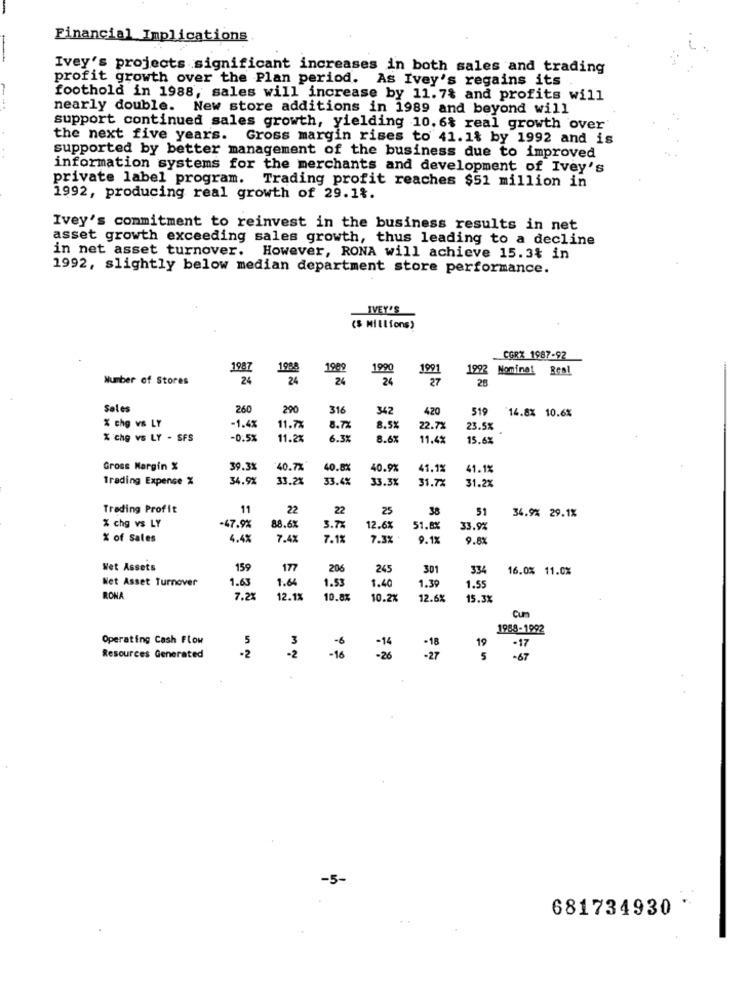
Financial Implications
Ivey's projects significant increases in both sales and trading
profit growth over the Plan period. As Ivey's regains its
foothold in 1988, sales will increase by 11.7% and profits will
nearly double. New store additions in 1989 and beyond will
support continued sales growth, yielding 10. 6% real growth over'
the next five years. Gross margin rises to 41.1% by 1992 and is
supported by better management of the business due to improved
information systems for the merchants and development of Ivey's
private label program. Trading profit reaches $51 million in
1992, producing real growth of 29.1%.
Ivey's commitment to reinvest in the business results in net
asset growth exceeding sales growth, thus leading to a decline
in net asset turnover. However, RONA will achieve 15.3% in
1992, slightly below median department store performance.
IVEY'S
($ Millions)
CORX 1987-92
1987
198
1909
199
199
1992 Nominal
Number of Stores
24
24
24
26
27
28
Sales
260
290
316
342
420
519
14.8% 10.6%
% chg vs LY
-1.49
11.7%
8.7%
8.5%
22.7%
23.5%
% chg vs LY - SFS
-0.52
11.2%
6.3%
8.6%
11.4%
15.6%
Gross Margin %
39.3%
40.7%
40.8%
40.9%
41.1%
41.1%
Trading Expense %
34.9%
33.2%
33.4%
33.3%
31.7%
31.2%
Trading Profit
11
22
22
25
38
51
34.9% 29.1%
% chg vs LY
-47.9%
88.6%
3.7
12.6%
51.81
33.9%
% of Sales
4.4%
7.4%
7.1%
7.3%
9.12
9.8
Wet Assets
159
177
206
245
301
334
16.0% 11.0%
Net Asset Turnover
1.63
1.64
1.53
1.40
1.39
1.55
RONA
7.21
12.1%
10.8%
10.2%
12.6%
15.3X
Cum
1988-1992
Operating Cash Flow
5
3
19
-16
-6
-17
Resources Generated
·2
-2
.27
5
-67
-5-
681734930